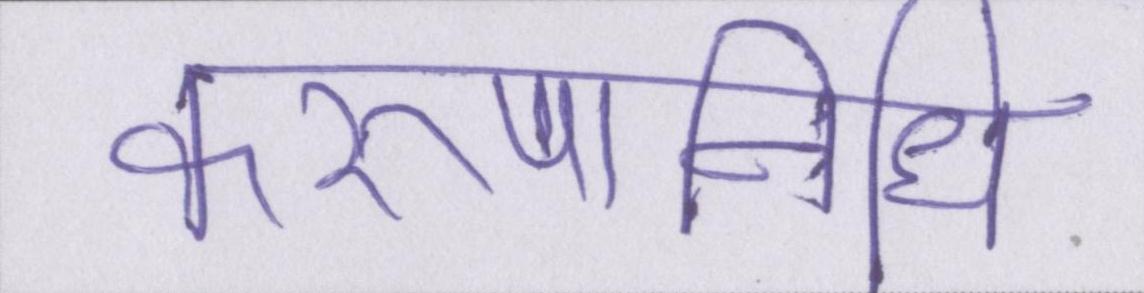
करुणानिधि